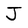
Character: J